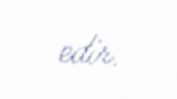
edir.